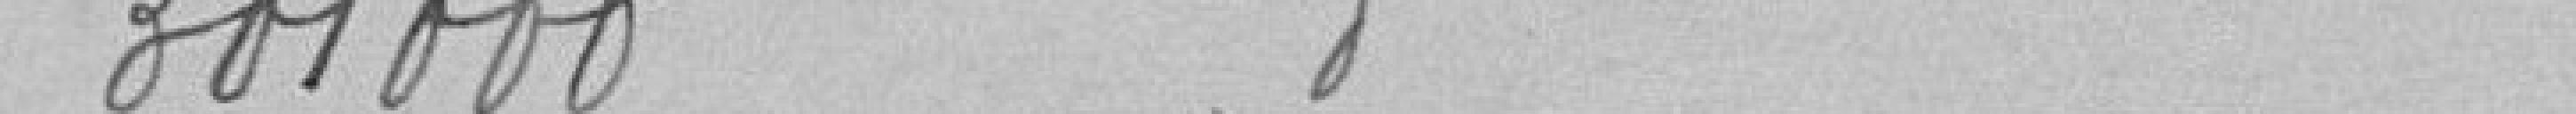
301000